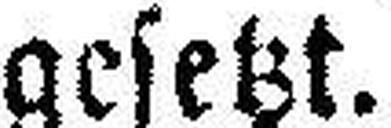
gesetzt.